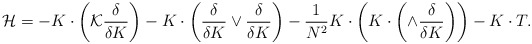
\begin{align*}{\cal H}= -K\cdot \left({\cal K} \frac{\delta}{\delta K}\right)-K\cdot\left(\frac{\delta}{\delta K} \vee \frac{\delta}{\delta K}\right) - \frac{1}{N^2} K\cdot\left( K \cdot \left( \wedge \frac{\delta}{\delta K}\right)\right) - K\cdot T .\end{align*}